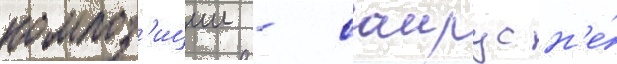
композ'иции - саирус н'е́